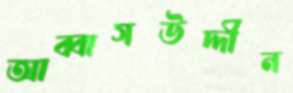
আব্বাসউদ্দীন